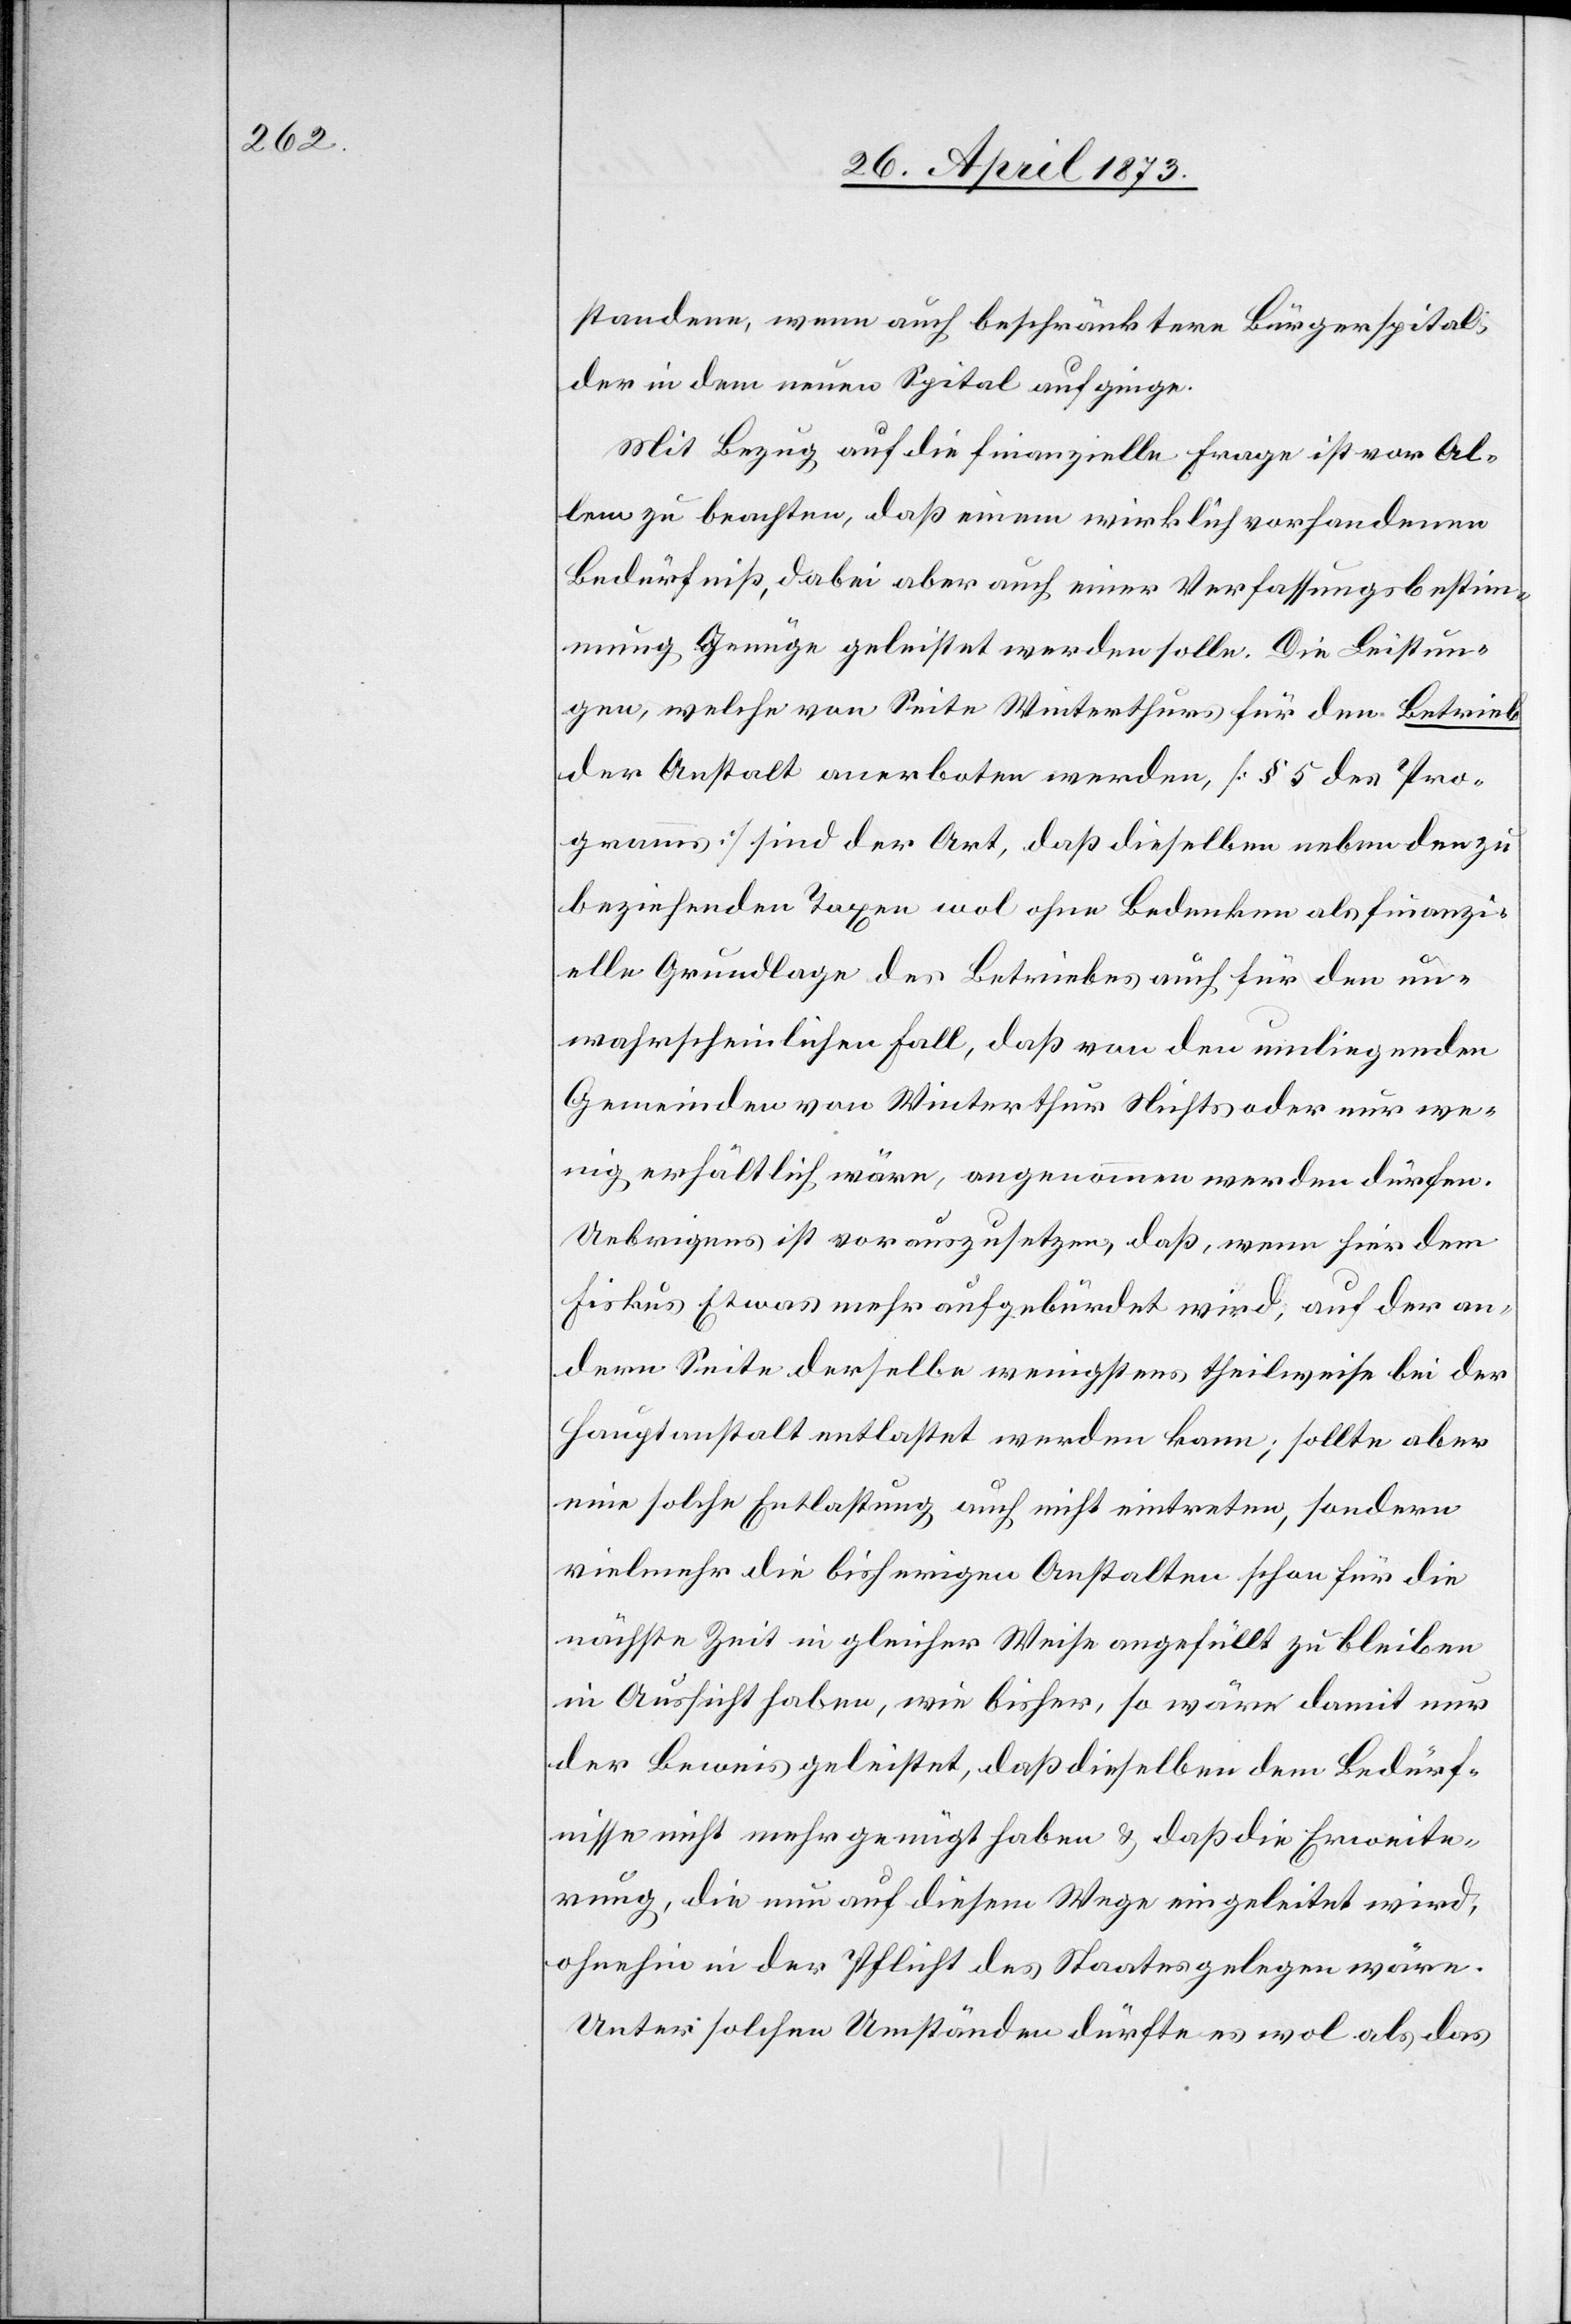
standene, wenn auch beschränktere Bürgerspital,
der in dem neuen Spital aufginge.
Mit Bezug auf die finanzielle Frage ist vor Al¬
lem zu beachten, daß einem wirklich vorhandenen
Bedürfniß, dabei aber auch einer Verfassungsbestim¬
mung Genüge geleistet werden wolle. Die Leistun¬
gen, welche von Seite Winterthurs für den Betrieb
der Anstalt anerboten werden, [§ 5 des Pro¬
gramms] sind der Art, daß dieselben neben den zu
beziehenden Tagen wol ohne Bedenken als finanzi¬
elle Grundlage des Betriebes auch für den un¬
wahrscheinlichen Fall, daß von den umliegenden
Gemeinden von Winterthur Nichts oder nur we¬
nig erhältlich wäre, angenommen werden dürfen.
Uebrigens ist vorauszusetzen, daß, wenn hier dem
Fiskus Etwas mehr aufgebürdet wird, auf der an¬
dern Seite derselbe wenigstens theilweise bei der
Hauptanstalt entlastet werden kann; sollte aber
eine solche Entlastung auch nicht eintreten, sondern
vielmehr die bisherigen Anstalten schon für die
nächste Zeit in gleicher Weise angefüllt zu bleiben
in Aussicht haben, wie bisher, so wäre damit nur
der Beweis geleistet, daß dieselben dem Bedürf¬
nisse nicht mehr genügt haben & daß die Erweite¬
rung, die nun auf diesem Wege eingeleitet wird,
ohnehin in der Pflicht des Staats gelegen wäre.
Unter solchen Umständen dürfte es wol als das